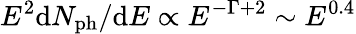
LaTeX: E^{2}\mathrm{d}N_{\mathrm{ph}}/\mathrm{d}E\propto E^{-\Gamma+2}\sim E^{0.4}